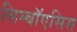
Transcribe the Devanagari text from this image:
सिम्बॉएसिस